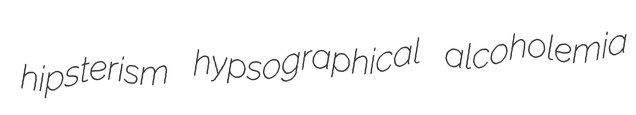
hipsterism hypsographical alcoholemia